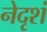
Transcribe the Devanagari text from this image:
नेदृशं